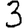
Digit: 3